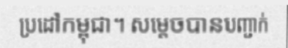
ប្រដៅកម្ពុជា។ សម្តេចបានបញ្ជាក់